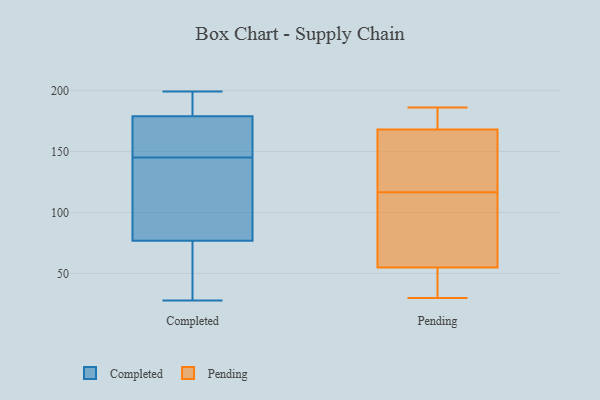
{"axis": {"x": "Population (Million)", "y": "Value"}, "legend": ["Completed", "Pending"], "data": [{"x": "", "y": 197, "type": "Completed"}, {"x": "", "y": 199, "type": "Completed"}, {"x": "", "y": 97, "type": "Completed"}, {"x": "", "y": 89, "type": "Completed"}, {"x": "", "y": 79, "type": "Completed"}, {"x": "", "y": 72, "type": "Completed"}, {"x": "", "y": 169, "type": "Completed"}, {"x": "", "y": 32, "type": "Completed"}, {"x": "", "y": 161, "type": "Completed"}, {"x": "", "y": 76, "type": "Completed"}, {"x": "", "y": 168, "type": "Completed"}, {"x": "", "y": 145, "type": "Completed"}, {"x": "", "y": 182, "type": "Completed"}, {"x": "", "y": 28, "type": "Completed"}, {"x": "", "y": 190, "type": "Completed"}, {"x": "", "y": 55, "type": "Pending"}, {"x": "", "y": 30, "type": "Pending"}, {"x": "", "y": 168, "type": "Pending"}, {"x": "", "y": 43, "type": "Pending"}, {"x": "", "y": 96, "type": "Pending"}, {"x": "", "y": 89, "type": "Pending"}, {"x": "", "y": 137, "type": "Pending"}, {"x": "", "y": 171, "type": "Pending"}, {"x": "", "y": 140, "type": "Pending"}, {"x": "", "y": 186, "type": "Pending"}]}